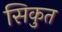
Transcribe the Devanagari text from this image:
सिकुत